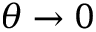
\theta \to 0